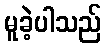
မူခဲ့ပါသည်